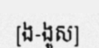
[ង-ងូស]